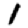
Digit: 1